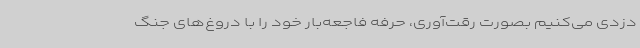
دزدی می‌کنیم بصورت رقت‌آوری، حرفه فاجعه‌بار خود را با دروغ‌های جنگ